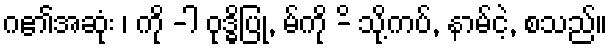
ဂ၏အဆုံး ၊ ကို -ါ ဝုဒ္ဓိပြု, မ်ကို -ိ သို့ကပ်, နာမ်ငဲ့, စသည်။